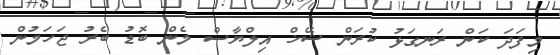
މިފަދަ ކަން ރަނގަޅު ކުރަން ޝޭޚް އިލްޔާސް މެން ބޮޑު ބެރު ޖަހަމުން